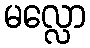
မလ္လော